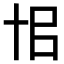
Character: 𠦗